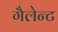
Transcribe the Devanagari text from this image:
गैलेन्ट